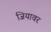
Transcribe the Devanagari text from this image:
जियावर